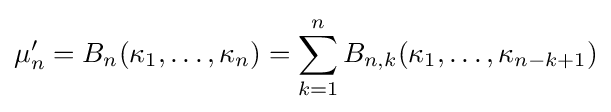
\mu _{n}'=B_{n}(\kappa _{1},\dots ,\kappa _{n})=\sum _{k=1}^{n}B_{n,k}(\kappa _{1},\dots ,\kappa _{n-k+1})